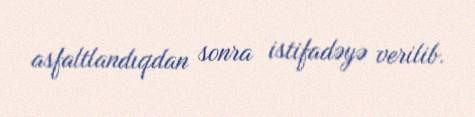
asfaltlandıqdan sonra istifadəyə verilib.